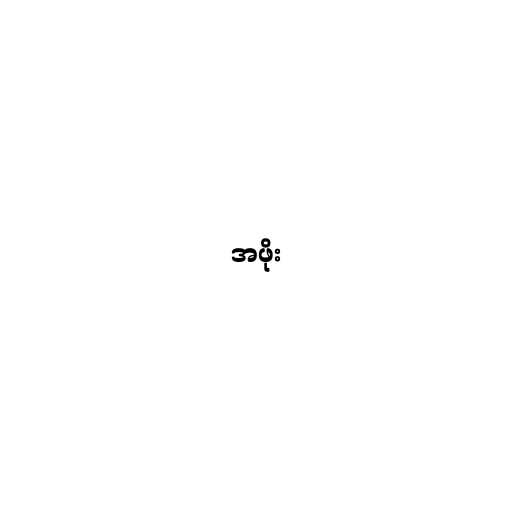
အဖိုး